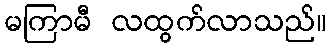
မကြာမီ လထွက်လာသည်။